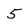
Character: 5